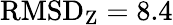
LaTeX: \mathrm{RMSD}_{\mathrm{Z}}=8.4